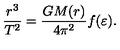
\frac { r ^ { 3 } } { T ^ { 2 } } = \frac { G M ( r ) } { 4 \pi ^ { 2 } } f ( \varepsilon ) .